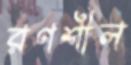
রণশীল